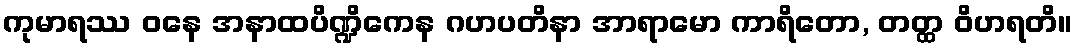
ကုမာရဿ ဝနေ အနာထပိဏ္ဍိကေန ဂဟပတိနာ အာရာမော ကာရိတော, တတ္ထ ဝိဟရတိ။